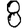
Digit: 8